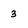
Character: 3